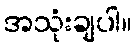
အသုံးချပါ။